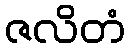
ဇလိတံ